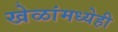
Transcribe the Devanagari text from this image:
खेळांमध्येही